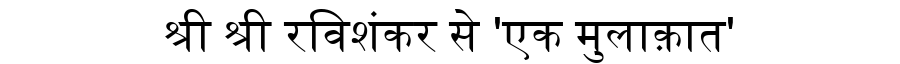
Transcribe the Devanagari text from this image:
श्री श्री रविशंकर से 'एक मुलाक़ात'